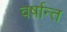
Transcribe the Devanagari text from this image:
वर्षान्त